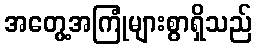
အတွေ့အကြုံများစွာရှိသည်